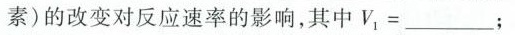
素)的改变对反应速率的影响，其中$$V _ { 1 } = ____$$；